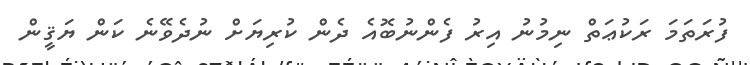
ފުރަތަމަ ރަކުޢަތް ނިމުނު އިރު ފެންނުބޮއެ ދެން ކުރިޔަށް ނުދެވޭނެ ކަން ޔަޤީން